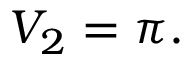
V _ { 2 } = \pi .